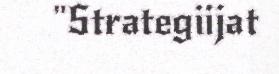
"Strategiijat